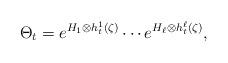
LaTeX: \begin{align*}\Theta_{t}=e^{H_{1}\otimes h^{1}_{t}(\zeta)}\cdots e^{H_{\ell}\otimes h^{\ell}_{t}(\zeta)},\end{align*}